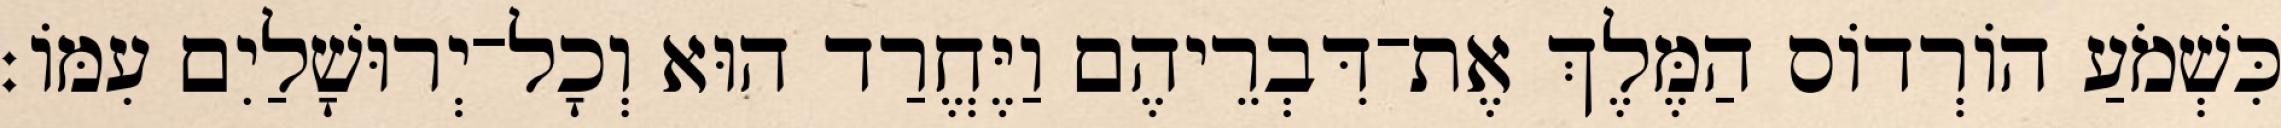
כִּשְׁמֹעַ הוֹרְדוֹס הַמֶּלֶךְ אֶת־דִּבְרֵיהֶם וַיֶּחֱרַד הוּא וְכָל־יְרוּשָׁלַיִם עִמּוֹ׃